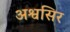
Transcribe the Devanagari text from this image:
अश्वसिर